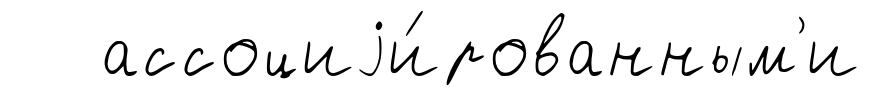
ассоциjи́рованным'и